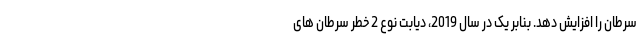
سرطان را افزایش دهد. بنابر یک در سال 2019، دیابت نوع 2 خطر سرطان های